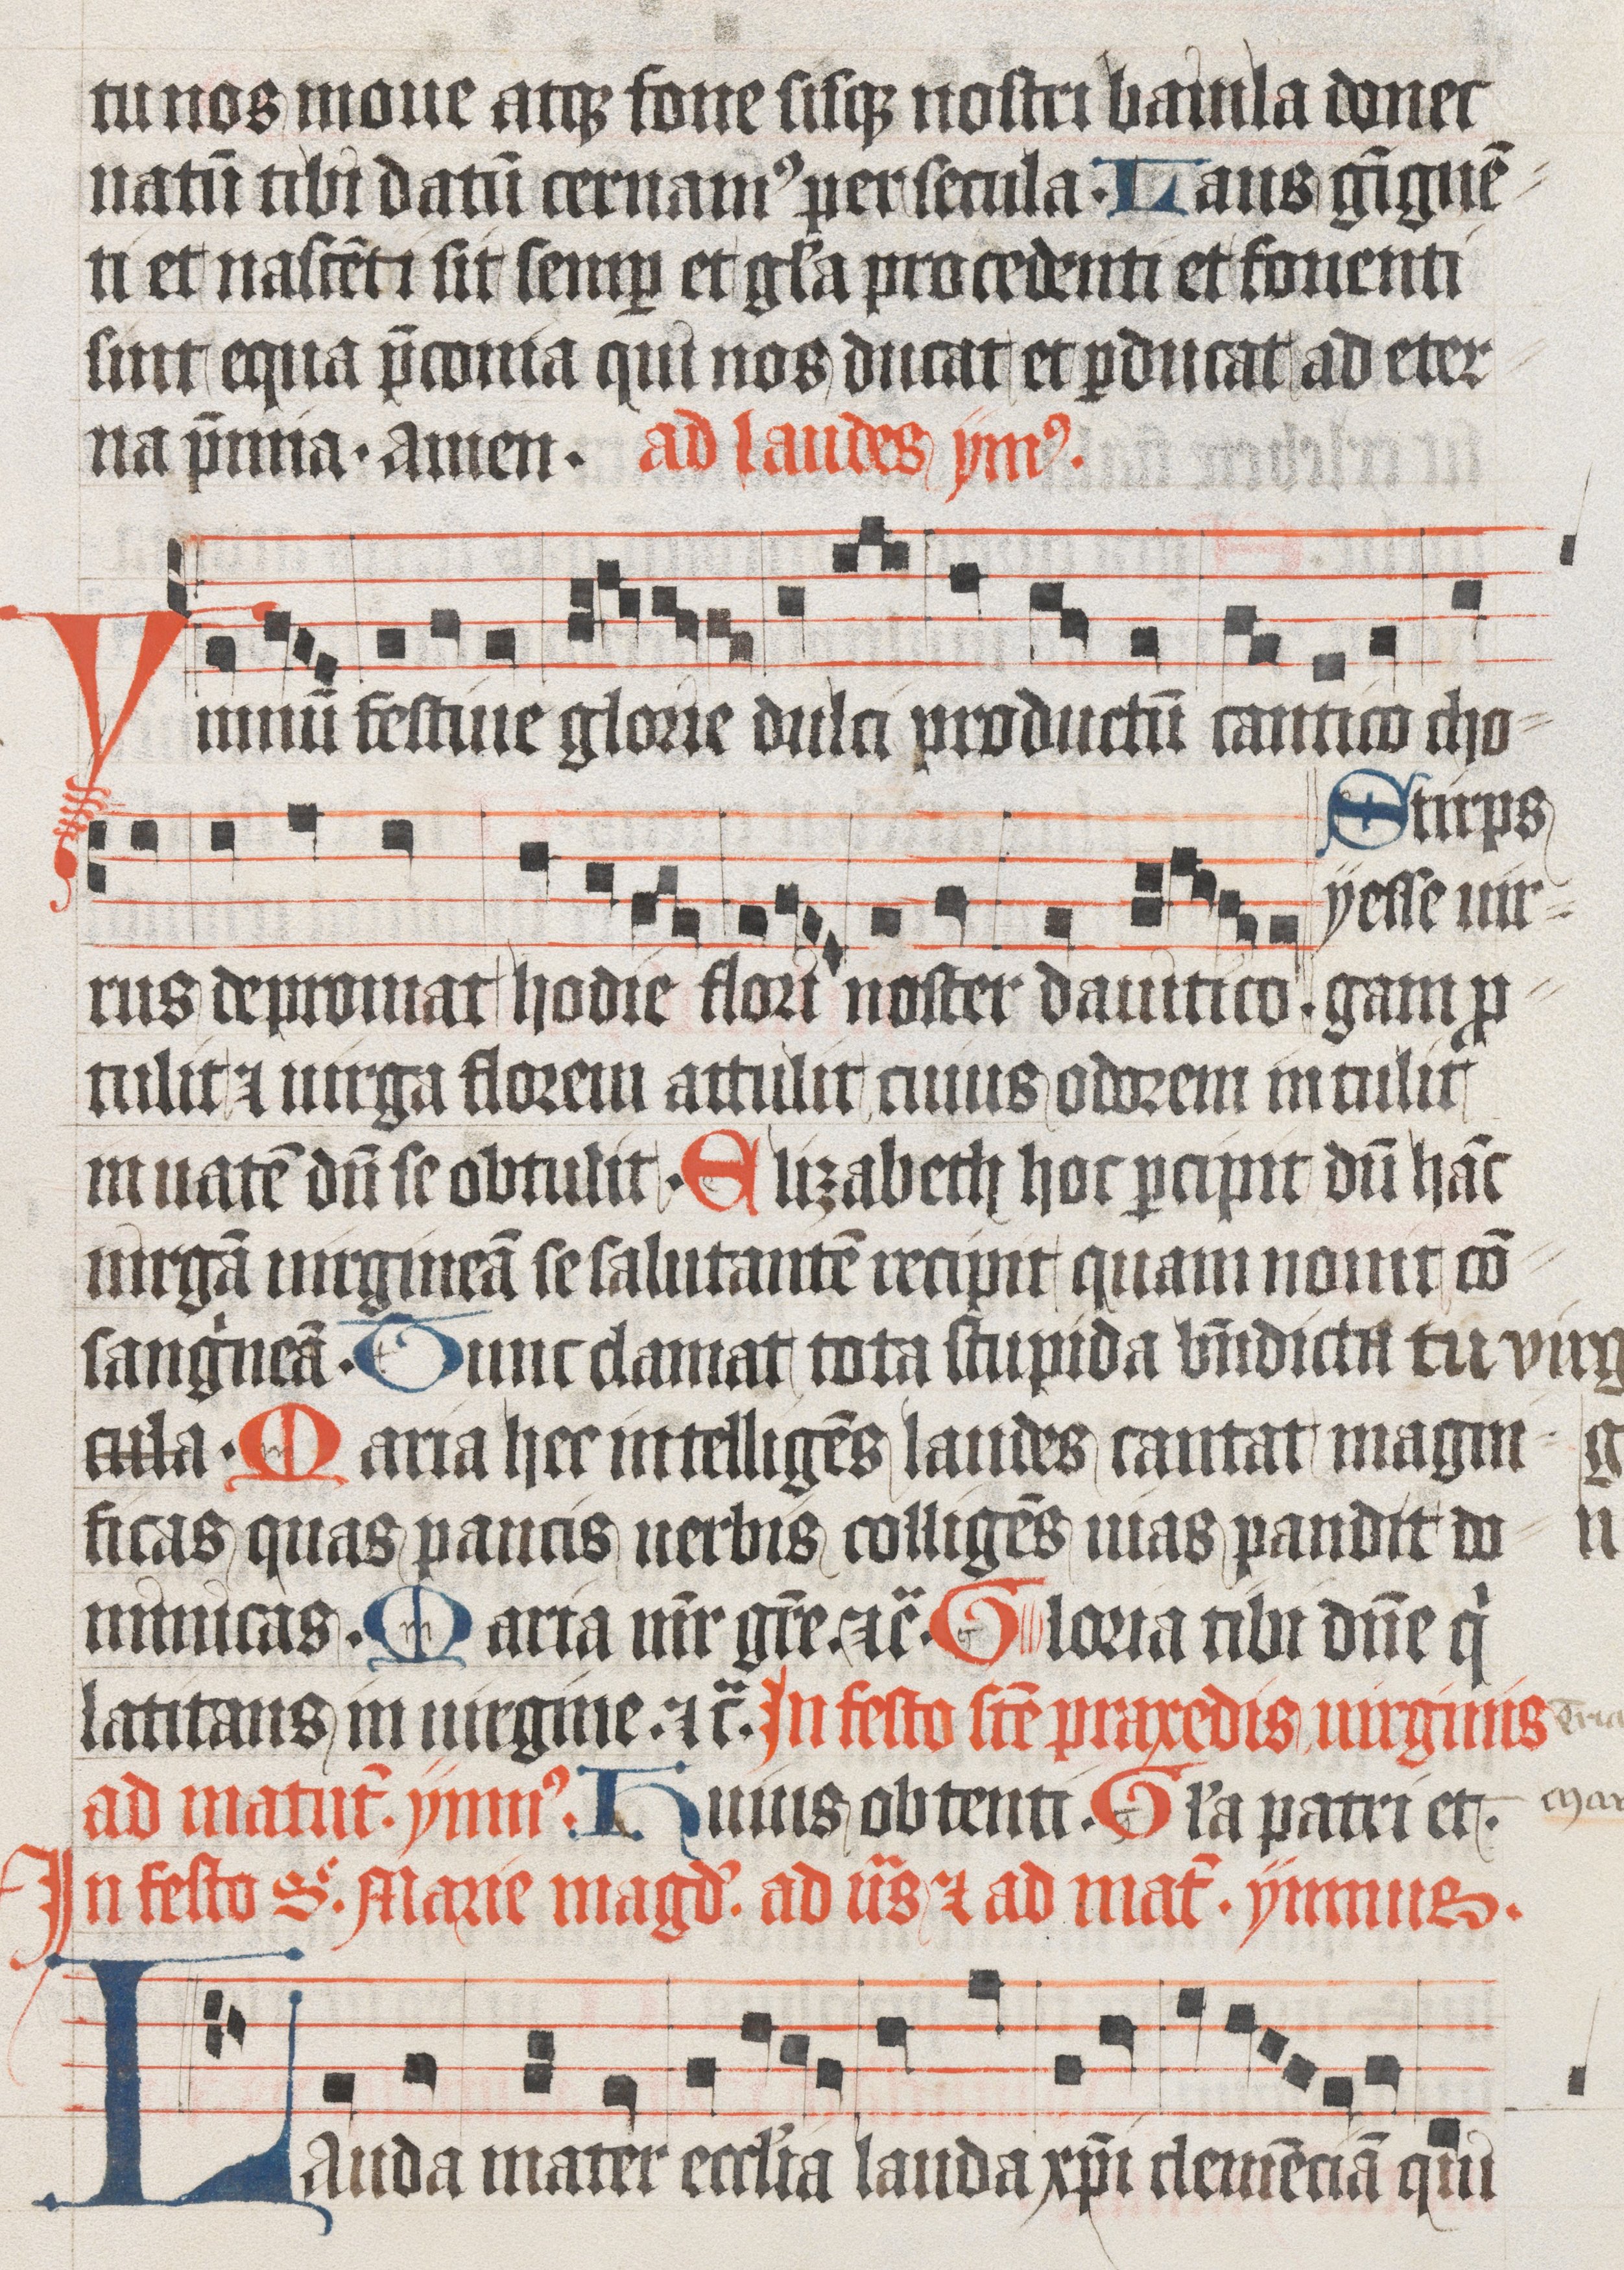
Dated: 1485–1515